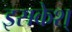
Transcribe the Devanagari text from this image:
इसकेश्